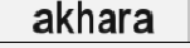
akhara